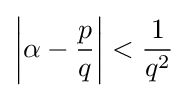
\left|\alpha -{\frac {p}{q}}\right|<{\frac {1}{q^{2}}}